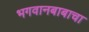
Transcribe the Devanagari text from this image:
भगवानबाबाचा